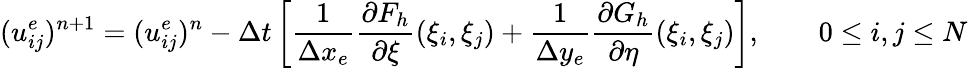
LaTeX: (u_{ij}^{e})^{n+1}=(u_{ij}^{e})^{n}-\Delta t\left[\frac{1}{\Delta x_{e}}\frac{\partial F_{h}}{\partial\xi}(\xi_{i},\xi_{j})+\frac{1}{\Delta y_{e}}\frac{\partial G_{h}}{\partial\eta}(\xi_{i},\xi_{j})\right],\qquad 0\le i,j\le N